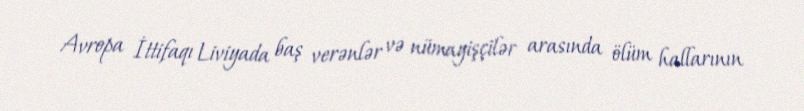
Avropa İttifaqı Liviyada baş verənlər və nümayişçilər arasında ölüm hallarının